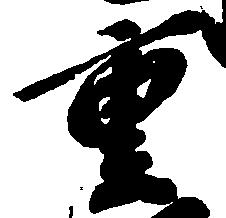
重